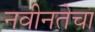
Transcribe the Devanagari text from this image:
नवीनतेचा